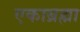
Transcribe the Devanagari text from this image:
एकाब्रह्मा